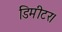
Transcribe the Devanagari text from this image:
डिमीटर।